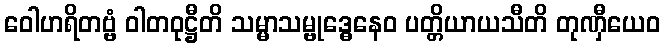
ဝေါဟရိတဗ္ဗံ ဝါတဝုဋ္ဌီတိ သမ္မာသမ္ဗုဒ္ဓေနေဝ ပတ္တိယာယသီတိ တုဏှီယေဝ